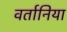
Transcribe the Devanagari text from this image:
वर्तानिया